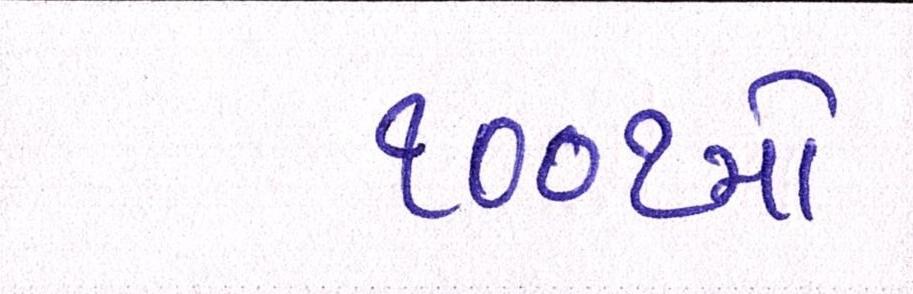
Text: ૧૦૦૧મો